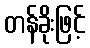
တန်ခိုးဖြင့်